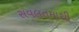
સવલતમાથી